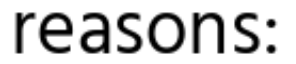
reasons: